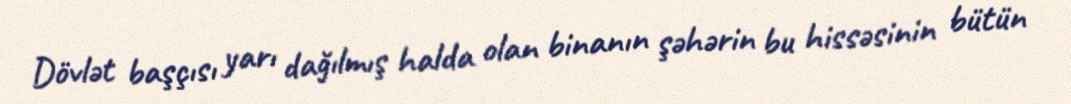
Dövlət başçısı yarı dağılmış halda olan binanın şəhərin bu hissəsinin bütün